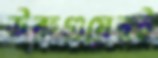
উরুগুয়েরই